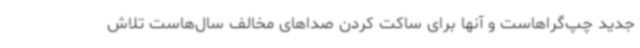
جدید چپ‌گراهاست و آنها برای ساکت کردن صداهای مخالف سال‌هاست تلاش